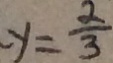
y = \frac { 2 } { 3 }